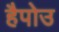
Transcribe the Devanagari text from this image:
हैपोउ